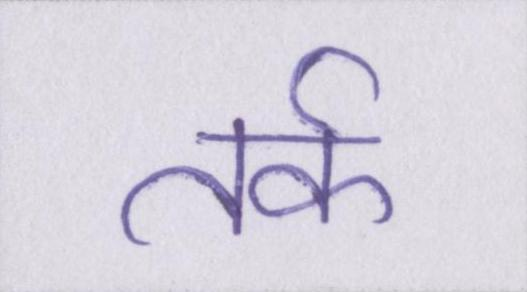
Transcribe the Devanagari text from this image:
तर्क